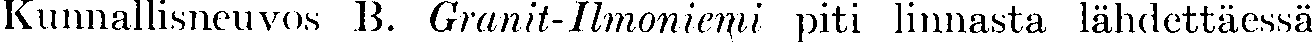
Kunnallisneuvos B. Granit-Ilmoniemi piti linnasta lähdettäessä